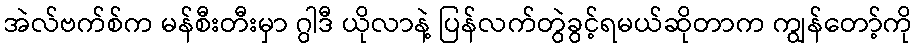
အဲလ်ဗက်စ်က မန်စီးတီးမှာ ဂွါဒီ ယိုလာနဲ့ ပြန်လက်တွဲခွင့်ရမယ်ဆိုတာက ကျွန်တော့်ကို